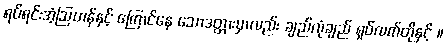
ရပ်ရင်းအံ့ဩဟန်နှင့် ကြောင်နေ သောဒတ္တားမှာလည်း ချည်လုံချည် ရှပ်လက်တိုနှင့် ။